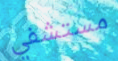
مستشفي